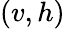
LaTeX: (v,h)